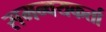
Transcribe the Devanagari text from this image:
समन्वयकर्ता